Report on malaria in the Punjab during the year ...  together with an account of the work of the Punjab Malaria Bureau - Volume 3
Disease focus: Malaria
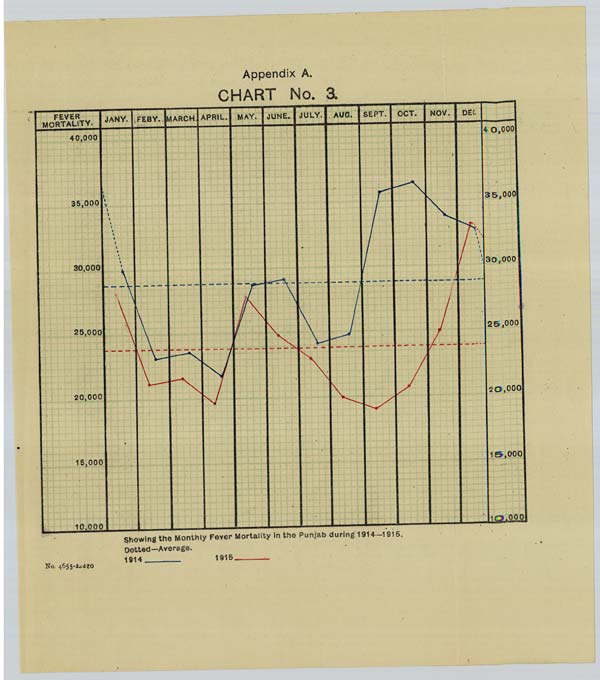
Appendix A.
CHART No. 3.
Showing the Monthly Fever Mortality in the Punjab during 1914—1915.
Dotted—Average.
1914 1915
No. 4655-2=420